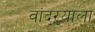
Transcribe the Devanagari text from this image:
वांद्‌ऱ्याला